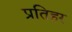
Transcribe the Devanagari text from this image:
प्रतिहर